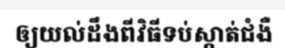
ឲ្យយល់ដឹងពីវិធីទប់ស្កាត់ជំងឺ